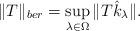
LaTeX: \begin{align*}\| T \|_{ber} = \sup_{\lambda \in \Omega} \| T \hat{k}_{\lambda} \|. \end{align*}